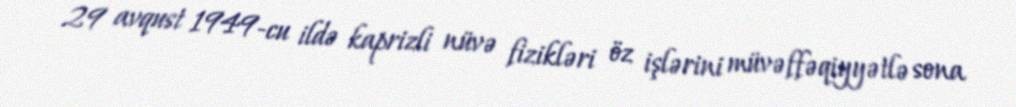
29 avqust 1949-cu ildə kaprizli nüvə fizikləri öz işlərini müvəffəqiyyətlə sona